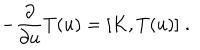
LaTeX: - \frac { \partial } { \partial u } T ( u ) = [ K , T ( u ) ] \; .